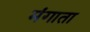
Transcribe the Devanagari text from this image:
मंगाता